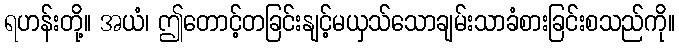
ရဟန်းတို့။ အယံ၊ ဤတောင့်တခြင်းနျင့်မယှသ်သောချမ်းသာခံစားခြင်းစသည်ကို။